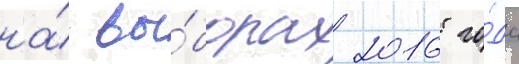
на́ вы́борах 2016 го́да